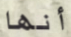
أنها